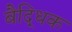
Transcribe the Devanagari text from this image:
बैद्धिक